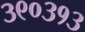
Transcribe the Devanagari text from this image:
३९०३१३